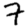
Digit: 7